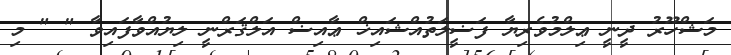
މަޝްހޫރު ދީނީ ޢިލްމުވެރިޔާ ފަޟީލަތުއްޝައިޚް ޢާއިޟް އަލްޤަރްނީ ލިޔުއްވާފައިވާ " " މި